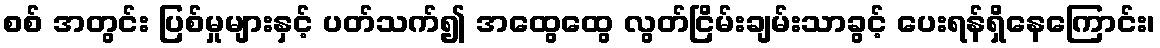
စစ် အတွင်း ပြစ်မှုများနှင့် ပတ်သက်၍ အထွေထွေ လွတ်ငြိမ်းချမ်းသာခွင့် ပေးရန်ရှိနေကြောင်း၊